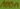
Text: 100n